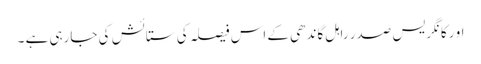
او رکانگریس صدر راہل گاندھی کے اس فیصلہ کی ستائش کی جارہی ہے ۔